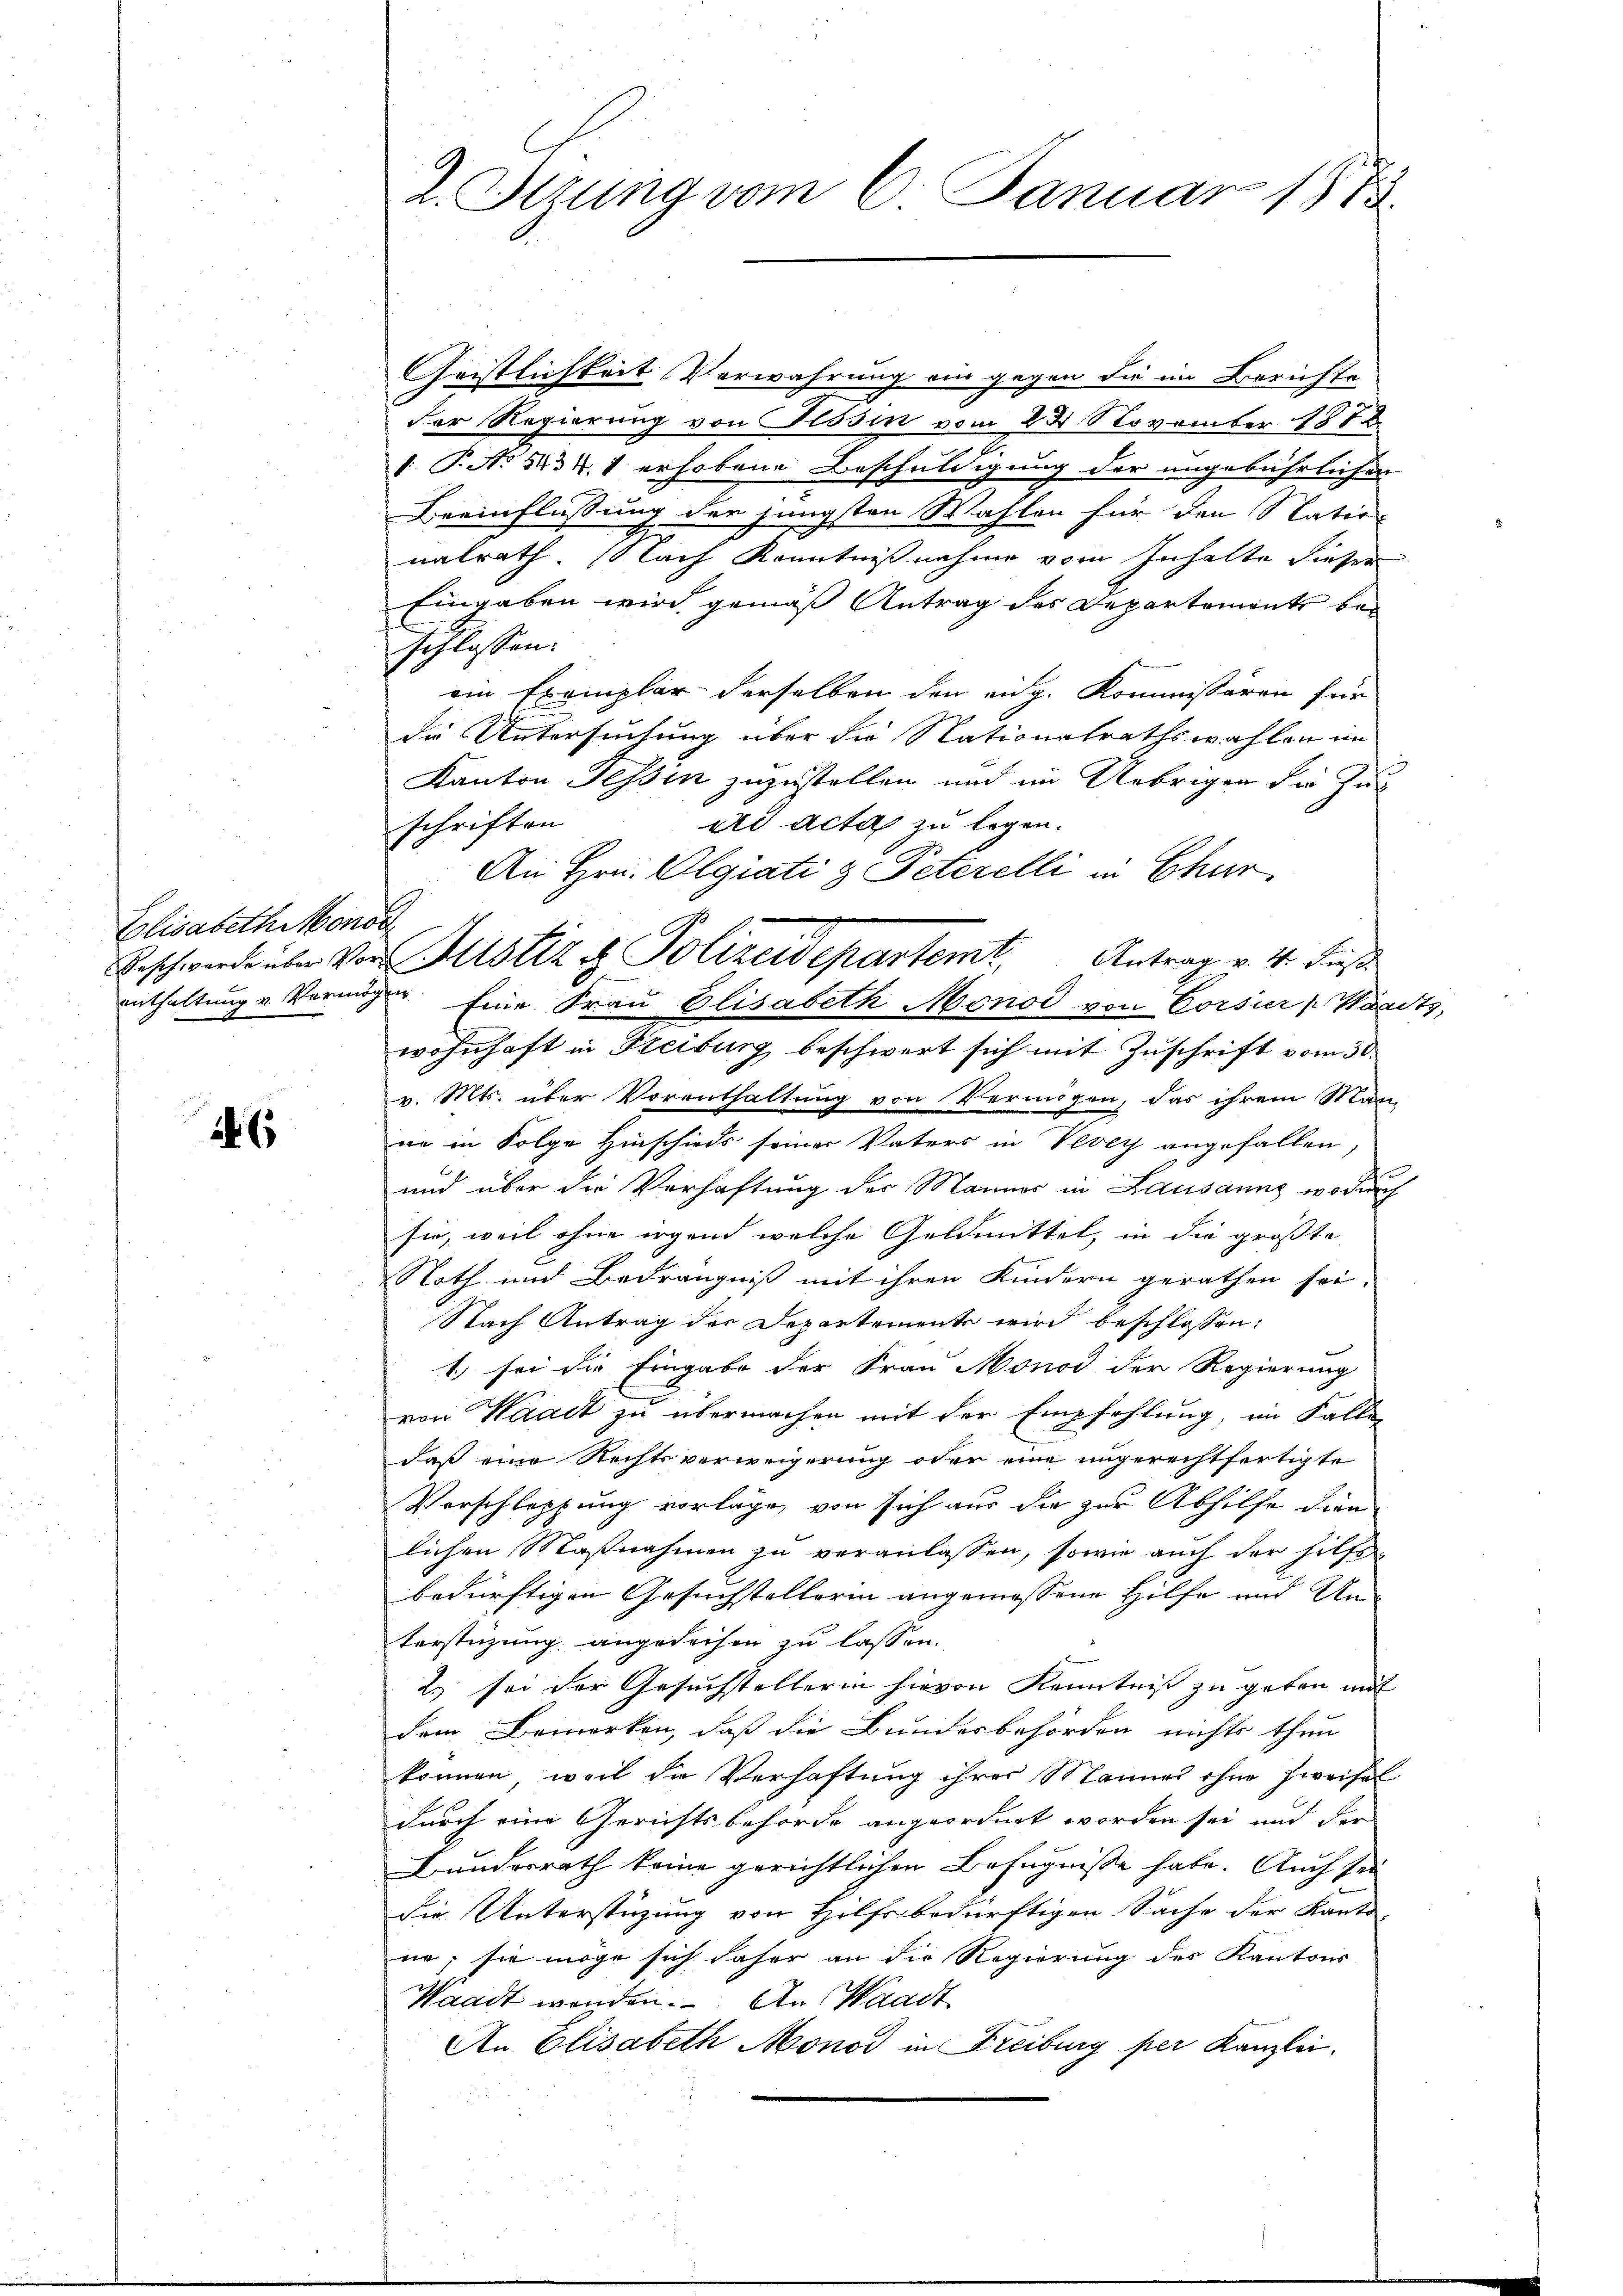
Elisabethonor

26

2. Stzung vom 6. Januar 1873.

Geistlichkeit Verwahrung ein gegen die im Berichte
der Regierung von Tessin vom 22 November 1878
: P. No 1434. 1 erhobene Beschuldigung der ungebührlichen
Beeinflüssung der jüngsten Wahlen für den Natio
nalrath. Nach Kenntnißnahme vom Inhalte dieser
Eingaben wird gemäß Antrag des Departemente bei
schlossen.
ein Exemplar derselben den eidg. Kommissären für
die Untersuchung über die Nationalrathswahlen im
Kanton Tessin zuzustellen und im Uebrigen die Zuad acta zu legen.
schriften
An Hrn. Olgiati & Peterelli in Chur,
enthaltung u. Vermögen. Eine Frau Elisabeth Monod von Corsier Warts,
wohnhaft in Freiburg beschwert sich mit Zuschrift vom 30.
v. Mts. über Vorenthaltung von Vermögen, das ihrem Man-
nn in Folge Hinschieds seiner Vaters in Vevey angefallen,
e
und über die Verhaftung der Männer in Lausanns, wodurch
sie, weil ohne irgend welche Geldmittel, in die größte
Noth und Bedrängniß mit ihren Kindern gerathen sei.
Nach Antrag der Departement wird beschlossen:
1) sei die Eingabe der Frau Monod der Regierung
von Waadt zu übermachen mit der Empfehlung, im Faller
daß eine Rechtsverweigerung oder eine ungerechtfertigte
Verschleppung vorlage, von sich aus die zur Abhilfe dien
lichen Maßnahmen zu veranlassen, sowie auch der hilfs
bedürftigen Gesuchstellorin angemessene Hilfe und Unterstüzung angedeihen zu lassen.
2. sei der Gesuchstellerin hievon Kenntniß zu geben mit
dem Bemerken, daß die Bundesbehörden nichts thun
können, weil de Verhaftung ihrer Mannes ohne Zweifel
durch eine Gerichtsbehörde angeordnet worden sei und der
Bundesrath keine gerichtlichen Befugnisse habe. Auch sei
Die Unterstüzung von Hilfsbedürftigen Sache der Kanto-
ne; sie möge sich daher an die Regierung des Kantons
Waadt werden. An Waadt
An Elisabeth Monod in Freiburg per Kanzlei.

Beschwerde über von Justiz & Polizeidepartemt. Antrag v. 4. dies